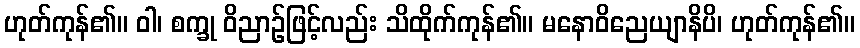
ဟုတ်ကုန်၏။ ဝါ၊ စက္ခု ဝိညာဉ်ဖြင့်လည်း သိထိုက်ကုန်၏။ မနောဝိညေယျာနိပိ၊ ဟုတ်ကုန်၏။